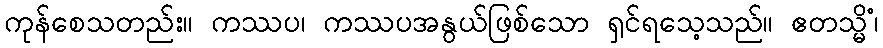
ကုန်စေသတည်း။ ကဿပ၊ ကဿပအနွယ်ဖြစ်သော ရှင်ရသေ့သည်။ ဧတသ္မိံ၊